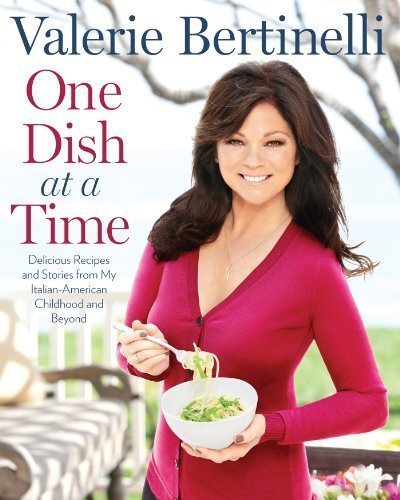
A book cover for One Dish at a Time: Delicious Recipes and Stories from My Italian-American Childhood and Beyond by Valerie Bertinelli (Oct 16 2012); Cookbooks, Food & Wine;